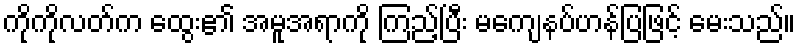
ကိုကိုလတ်က ထွေး၏ အမူအရာကို ကြည့်ပြီး မကျေနပ်ဟန်ပြဖြင့် မေးသည်။